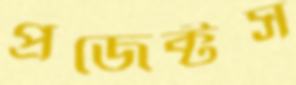
প্রজেক্টস